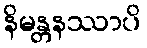
နိမန္တနဿာပိ